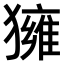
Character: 𤢐